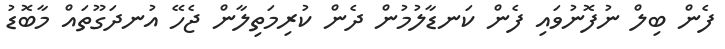
ފެން ބިލް ނުފޮނުވައި ފެން ކަނޑާލުމުން ދެން ކުރިމަތިލާން ޖެހޭ އުނދަގޫތައް މާބޮޑު